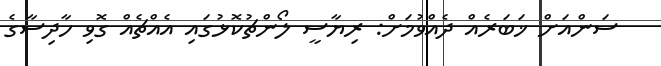
ސަންއަށް ޚަބަރެއް ދެއްވުމަށް: ރިޔާސީ ލޯންޗުކޮޅުގައި އެއްޗެއް ގޮވި ހާދިސާގެ